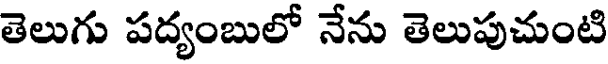
తెలుగు పద్యంబులో నేను తెలుపుచుంటి